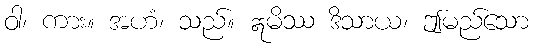
ဝါ၊ ကား။ အဟံ၊ သည်။ ဣမိဿ ဒိသာယ၊ ဤမည်သော